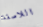
اللاصقة